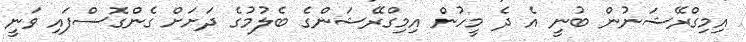
އިމިގްރޭޝަނުން ބުނީ އެ ދެ މީހުން އިމިގްރޭޝަންގެ ބެލުމުގެ ދަށަށް ގެންގޮސްފައި ވަނީ